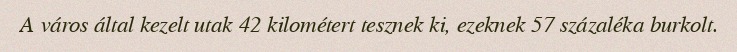
A város által kezelt utak 42 kilométert tesznek ki, ezeknek 57 százaléka burkolt.